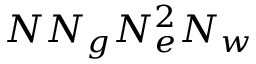
N N _ { g } N _ { e } ^ { 2 } N _ { w }